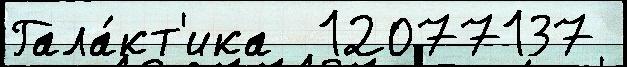
Гала́кт'ика  12077137